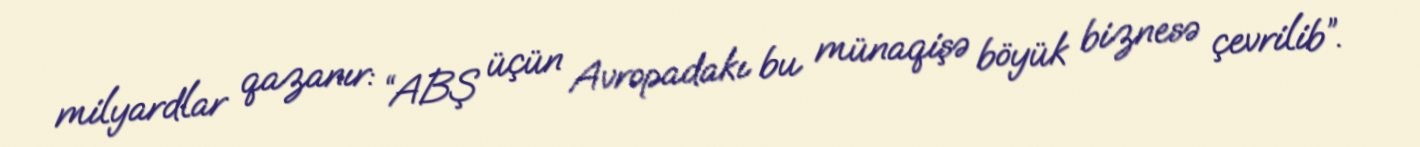
milyardlar qazanır: “ABŞ üçün Avropadakı bu münaqişə böyük biznesə çevrilib”.